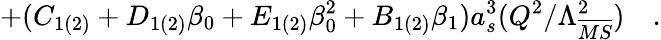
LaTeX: +(C_{1(2)}+D_{1(2)}\beta_{0}+E_{1(2)}\beta_{0}^{2}+B_{1(2)}\beta_{1})a_{s}^{3}(Q^{2}/\Lambda_{\overline{{{MS}}}}^{2})~~~~.